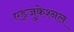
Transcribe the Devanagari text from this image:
एड्जुकेश्नल